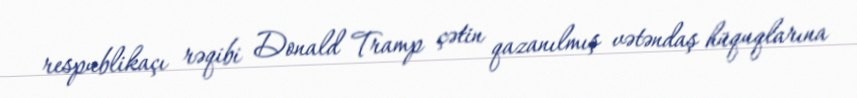
respublikaçı rəqibi Donald Tramp çətin qazanılmış vətəndaş hüquqlarına